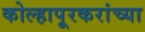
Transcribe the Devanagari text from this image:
कोल्हापूरकरांच्या